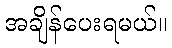
အချိန်ပေးရမယ်။